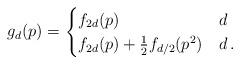
LaTeX: \begin{align*}g_d(p) = \begin{cases} f_{2d}(p) & d \\ f_{2d}(p) + \frac{1}{2} f_{d/2}(p^2) & d \,.\end{cases}\end{align*}